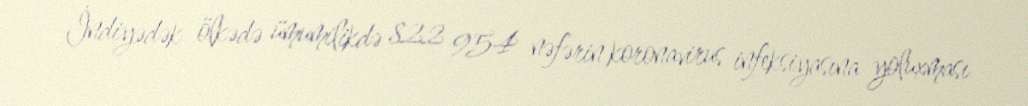
İndiyədək ölkədə ümumilikdə 822 954 nəfərin koronavirus infeksiyasına yoluxması